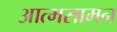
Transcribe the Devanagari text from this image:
आत्मसामन